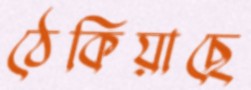
ঠেকিয়াছে